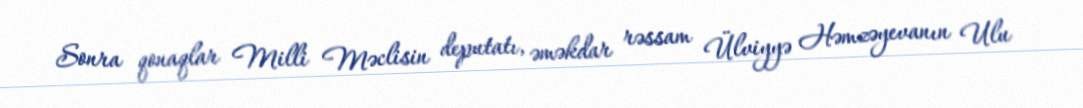
Sonra qonaqlar Milli Məclisin deputatı, əməkdar rəssam Ülviyyə Həmzəyevanın Ulu